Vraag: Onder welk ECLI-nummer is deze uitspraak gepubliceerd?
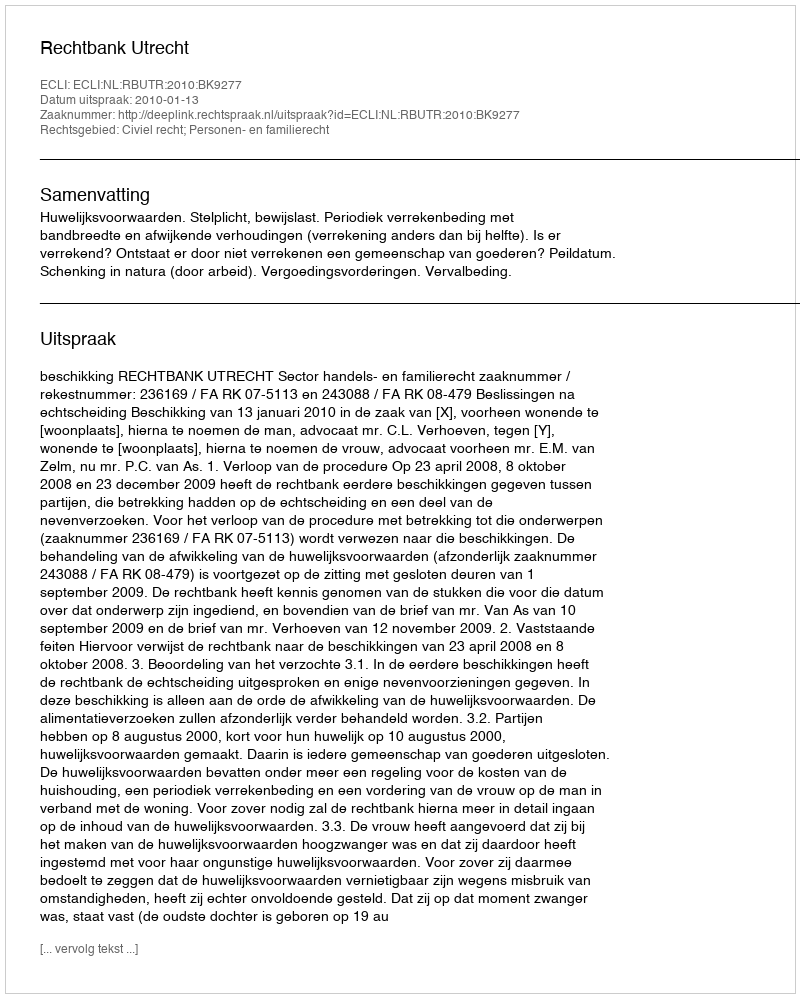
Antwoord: ECLI:NL:RBUTR:2010:BK9277